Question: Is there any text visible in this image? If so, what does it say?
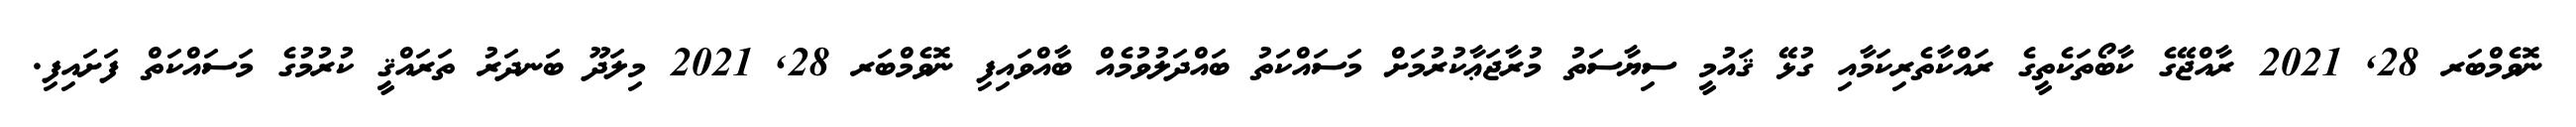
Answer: ނޮވެމްބަރ 28, 2021 ރާއްޖޭގެ ކާބޯތަކެތީގެ ރައްކާތެރިކަމާއި ގުޅޭ ޤައުމީ ސިޔާސަތު މުރާޖަޢާކުރުމަށް މަސައްކަތު ބައްދަލުވުމެއް ބާއްވައިފި ނޮވެމްބަރ 28, 2021 މިލަދޫ ބަނދަރު ތަރައްޤީ ކުރުމުގެ މަސައްކަތް ފަށައިފި.